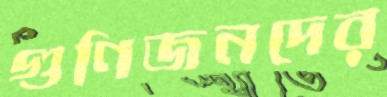
গুণিজনদের